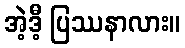
အဲ့ဒီ့ ပြဿနာလား။